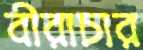
বীরাচার